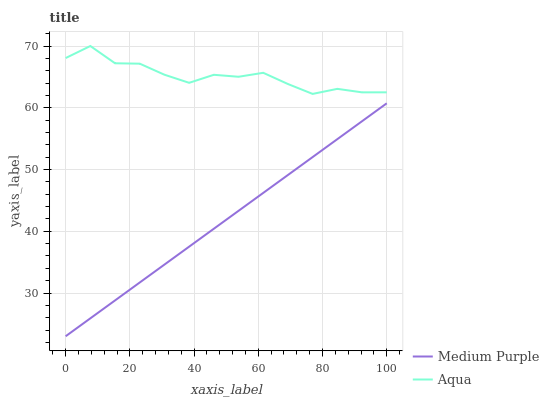
| xaxis_label | Medium Purple | Aqua |
 | --- | --- | --- |
 | 0 | 23 | 68 |
 | 7.69 | 25.9 | 70 |
 | 15.4 | 28.8 | 67.2 |
 | 23.1 | 31.7 | 67.1 |
 | 30.8 | 34.6 | 65.4 |
 | 38.5 | 37.5 | 64 |
 | 46.2 | 40.4 | 65.3 |
 | 53.8 | 43.3 | 65 |
 | 61.5 | 46.2 | 65.7 |
 | 69.2 | 49.1 | 63.8 |
 | 76.9 | 52 | 62.2 |
 | 84.6 | 54.9 | 63.1 |
 | 92.3 | 57.8 | 62.5 |
 | 100 | 60.7 | 62.5 |